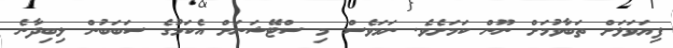
ފިޔަވަޅަށް ތަބާވުމަށް ނޫން ކަމަށެވެ. ނަމަވެސް މި ސްޓޭޝަނަށް އެކަމުގެ ސަބަބުން ލިބިދާނެ